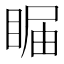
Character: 𥇗